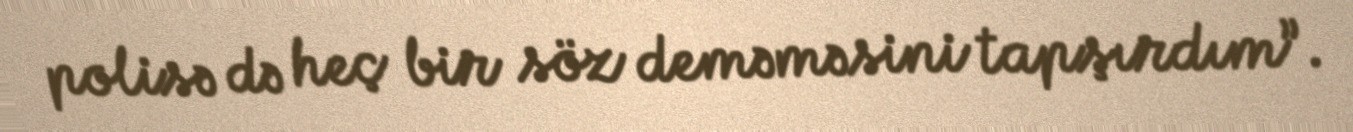
polisə də heç bir söz deməməsini tapşırdım”.